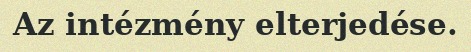
Az intézmény elterjedése.